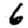
Digit: 6